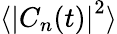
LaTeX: \langle\left\vert C_{n}(t)\right\vert^{2}\rangle